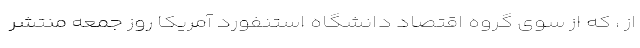
از ، که از سوی گروه اقتصاد دانشگاه استنفورد آمریکا روز جمعه منتشر